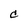
Character: c